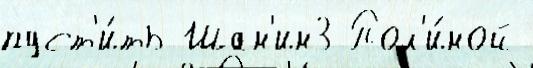
пуст'и́ть Шан'ин3 Пол'и́ной